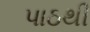
પાઠથી